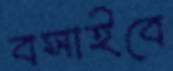
বসাইবে